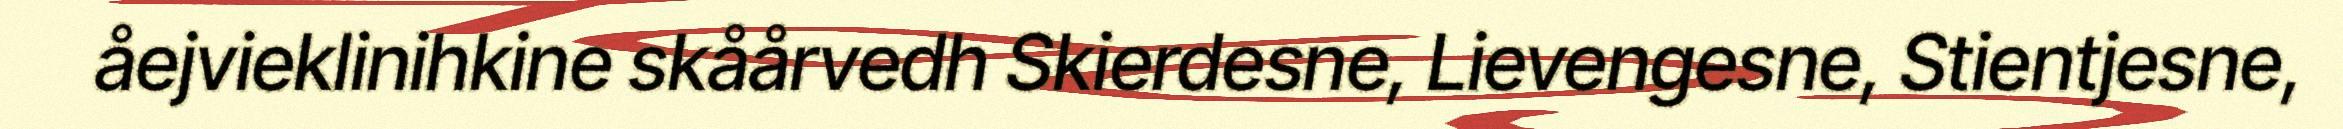
åejvieklinihkine skåårvedh Skierdesne, Lievengesne, Stientjesne,